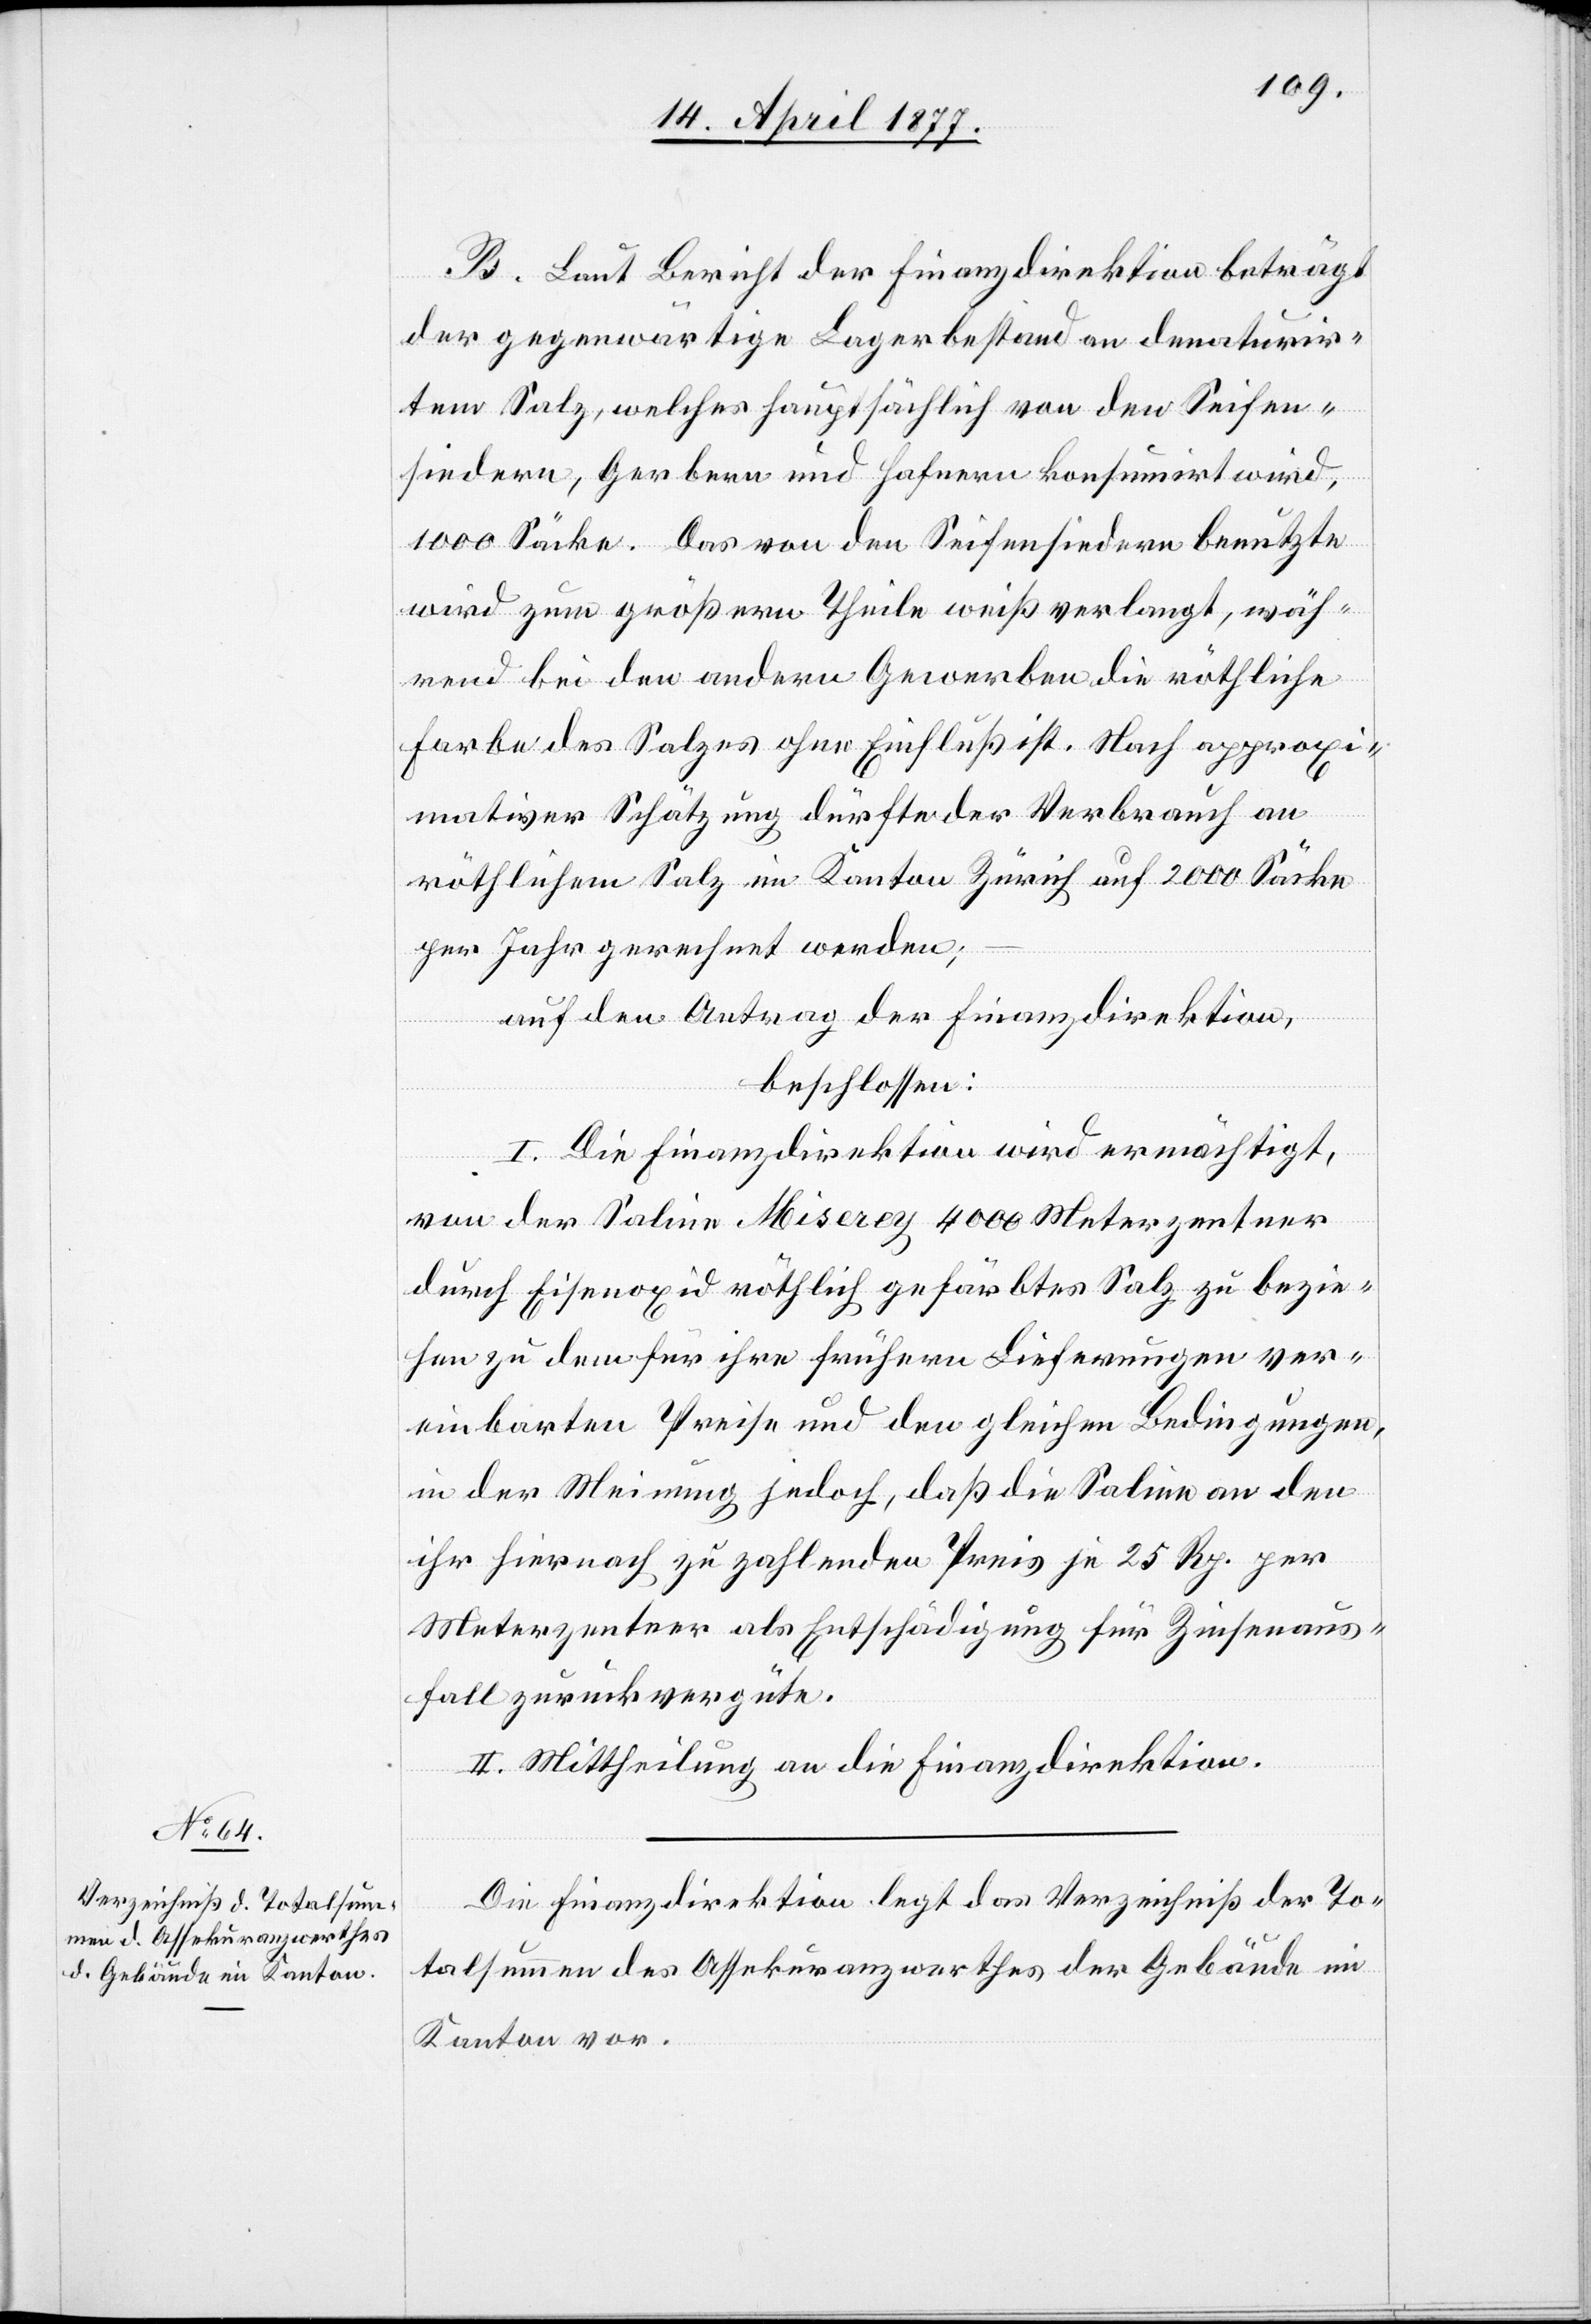
B. Laut Bericht der Finanzdirektion beträgt
der gegenwärtige Lagerbestand an denaturir¬
tem Salz, welches hauptsächlich von den Seifen¬
siedern, Gerbern und Hafnern konsumirt wird,
1000 Säcke. Das von den Seifensiedern benutzte
wird zum größern Theile weiß verlangt, wäh¬
rend bei den andern Gewerben die röthliche
Farbe des Salzes ohne Einfluß ist. Nach approxi¬
mativer Schätzung dürfte der Verbrauch an
röthlichem Salz im Kanton Zürich auf 2000 Säcke
per Jahr gerechnet werden;
auf den Antrag der Finanzdirektion,
beschlossen:
I. Die Finanzdirektion wird ermächtigt,
von der Saline Miserey 4000 Meterzentner
durch Eisenoxid röthlich gefärbtes Salz zu bezie¬
hen zu dem für ihre frühern Lieferungen ver¬
einbarten Preise und den gleichen Bedingungen,
in der Meinung jedoch, daß die Saline an den
ihr hiernach zu zahlenden Preis je 25 Rp. per
Meterzentner als Entschädigung für Zinsenaus¬
fall zurückvergüte.
II. Mittheilung an die Finanzdirektion.
Die Finanzdirektion legt das Verzeichniß der To¬
talsummen des Assekuranzwerthes der Gebäude im
Kanton vor.